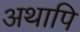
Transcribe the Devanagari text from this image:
अथापि